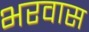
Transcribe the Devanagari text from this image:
भरवास